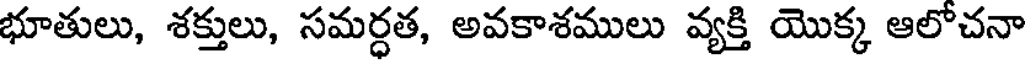
భూతులు, శక్తులు, సమర్ధత, అవకాశములు వ్యక్తి యొక్క ఆలోచనా